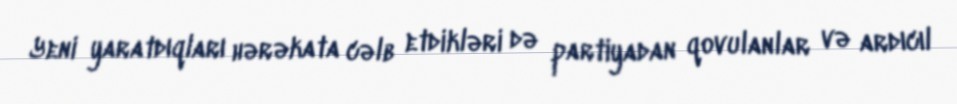
Yeni yaratdıqları hərəkata cəlb etdikləri də partiyadan qovulanlar və ardıcıl